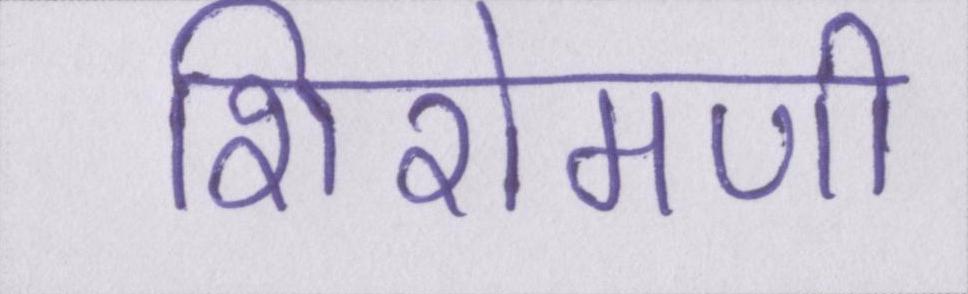
शिरोमणी